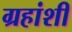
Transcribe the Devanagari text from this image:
ग्रहांशी